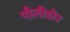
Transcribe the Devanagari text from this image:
पौलीडोर